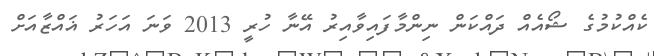
ކެއްކުމުގެ ޝޯއެއް ދައްކަން ނިންމާފައިވާއިރު އޭނާ ހުރީ 2013 ވަނަ އަހަރު ޣައްޒާއަށް